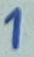
Text: 1